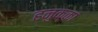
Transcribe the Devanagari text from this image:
हनुक्का